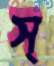
স্